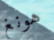
هونغ